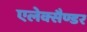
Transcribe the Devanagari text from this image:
एलेक्सैण्डर